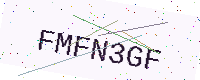
Text: FMFN3GF